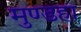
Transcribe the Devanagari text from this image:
मुण्डहा